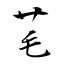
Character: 芼